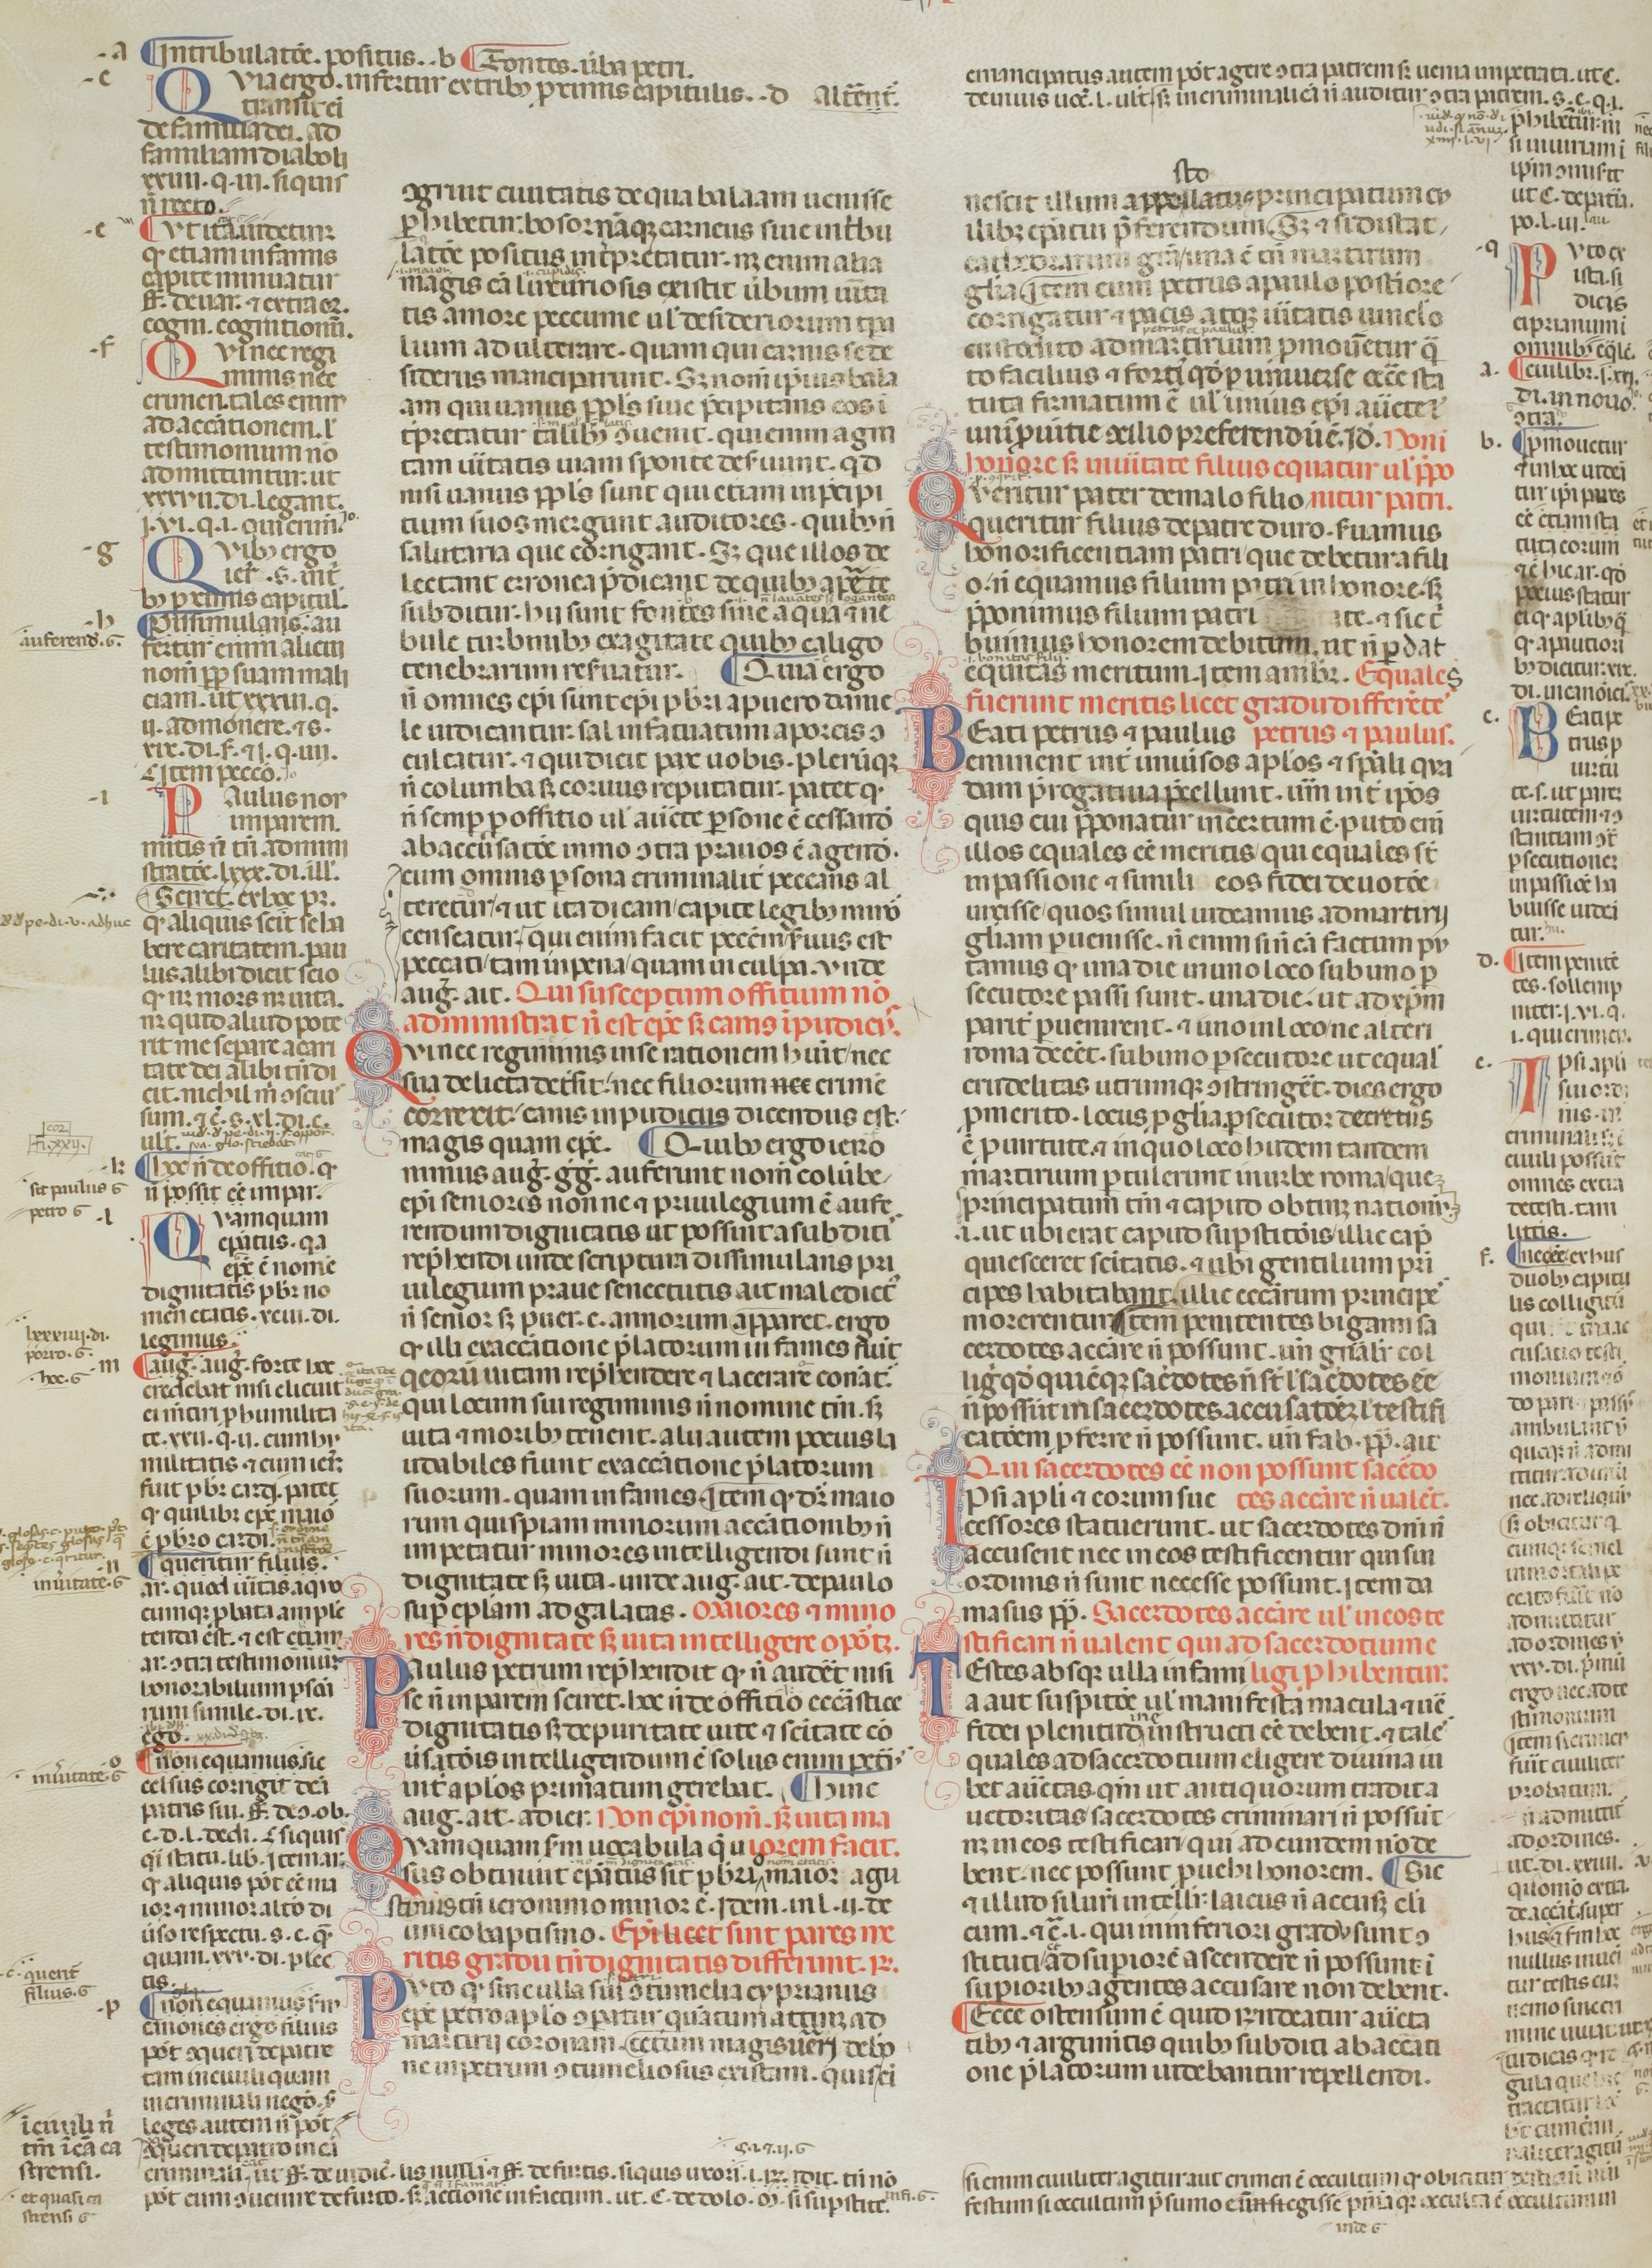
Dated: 1200–1399